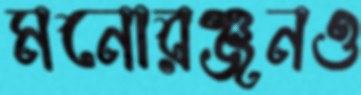
মনোরঞ্জনও